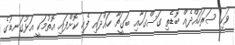
ވަކި ސަރަހައްދެއް ބޮޑެތި ގަސްގަހާއި ބަގީޗާ ހައްދައި ފެހި ކޮށްފައި އޮތުމަކީ އަޅުގަނޑުގެ